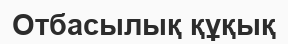
Отбасылық құқық